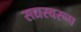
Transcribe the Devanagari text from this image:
सद्यस्वरूप